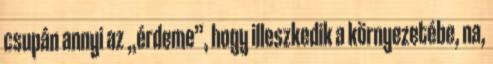
csupán annyi az „érdeme”, hogy illeszkedik a környezetébe, na,